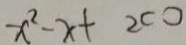
x ^ { 2 } - x + 2 c 0